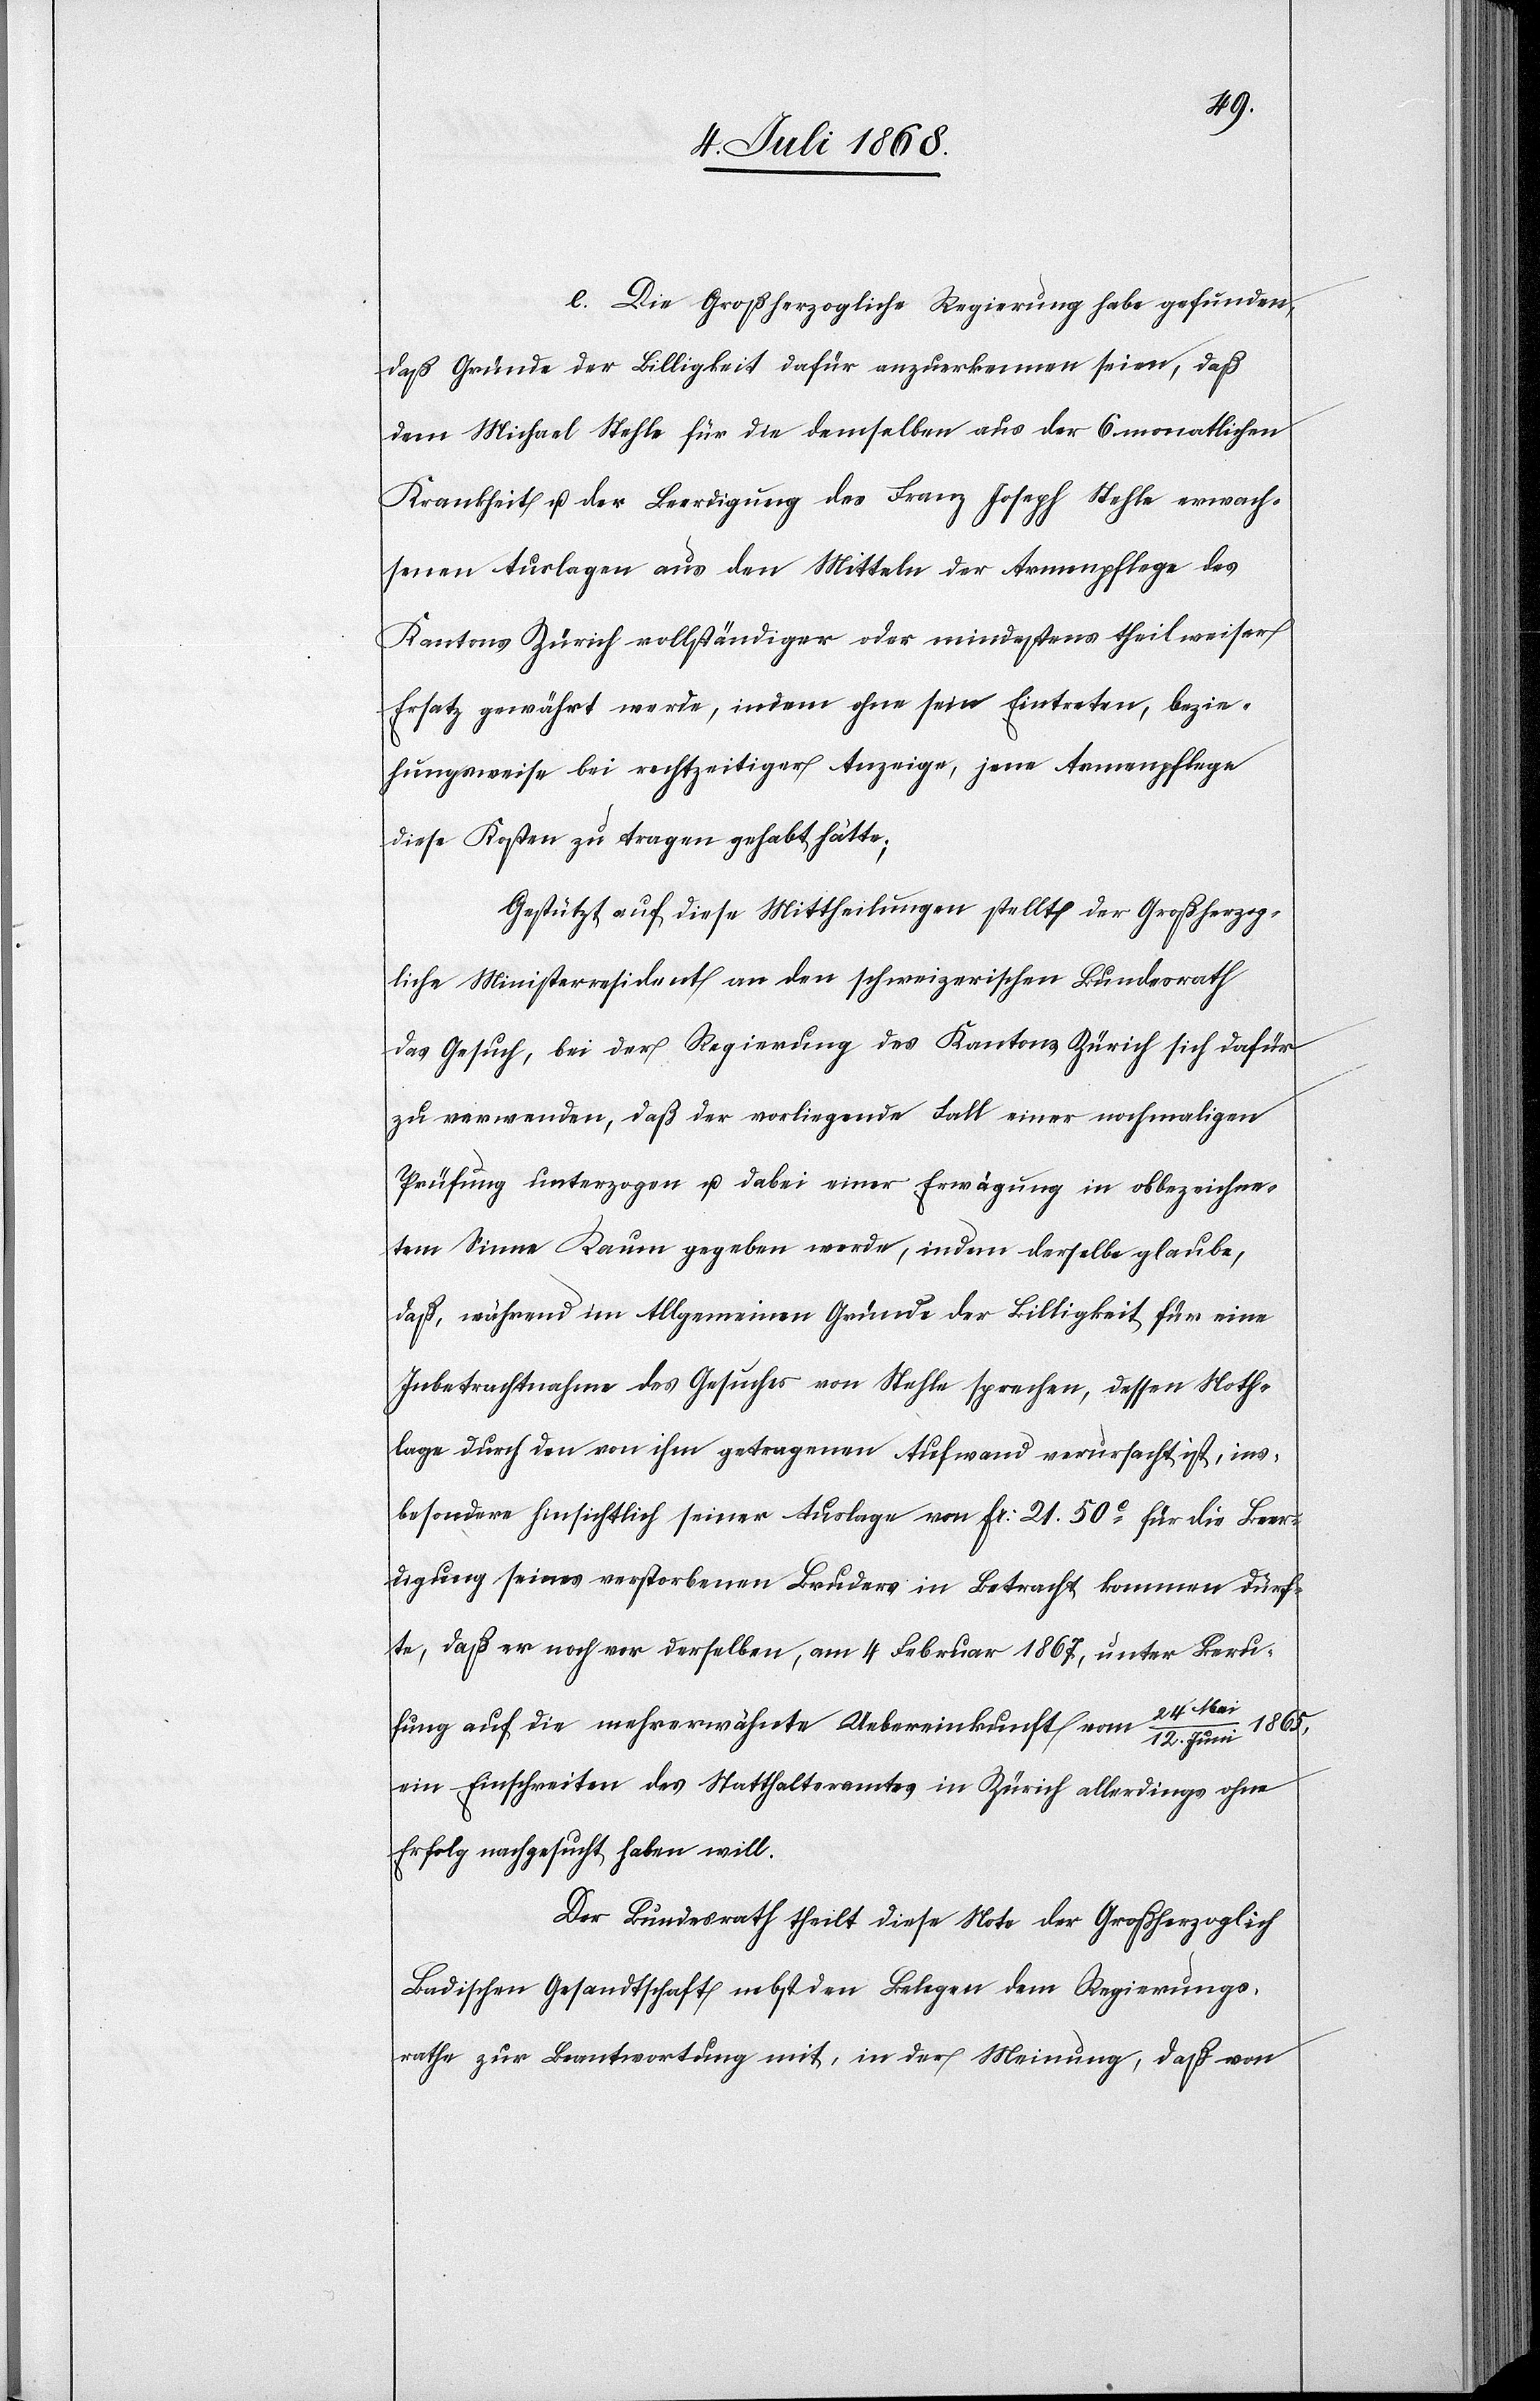
e.) Die Großherzogliche Regierung habe gefunden,
daß Gründe der Billigkeit dafür anzuerkennen seien, daß
dem Michael Stehle für die demselben aus der 6 monatlichen
Krankheit u. der Beerdigung des Franz Joseph Stehle erwach¬
senen Auslagen aus den Mitteln der Armenpflege des
Kantons Zürich vollständiger oder mindestens theilweiser
Ersatz gewährt werde, indem ohne sein Eintreten, bezie¬
hungsweise bei rechtzeitiger Anzeige, jene Armenpflege
diese Kosten zu tragen gehabt hätte;
Gestützt auf diese Mittheilungen stellt der Großherzog¬
liche Ministerresident an den schweizerischen Bundesrath
das Gesuch, bei der Regierung des Kantons Zürich sich dafür
zu verwenden, daß der vorliegende Fall einer nochmaligen
Prüfung unterzogen u. dabei einer Erwägung in obbezeichne¬
tem Sinne Raum gegeben werde, indem derselbe glaube,
daß, während im Allgemeinen Gründe der Billigkeit für eine
Inbetrachtnahme des Gesuches von Stehle sprechen, dessen Noth¬
lage durch den von ihm getragenen Aufwand verursacht ist, ins¬
besondere hinsichtlich seiner Auslage von Fr: 21. 50c für die Beer¬
digung seines verstorbenen Bruders in Betracht kommen dürf¬
te, daß er noch vor derselben, am 4 Februar 1867, unter Beru¬
fung auf die mehrerwähnte Uebereinkunft vom 24 Mai / 12.
ein Einschreiten des Statthalteramtes in Zürich allerdings ohne
Erfolg nachgesucht haben will.
Der Bunderath theilt diese Note der Großherzoglich
Badischen Gesandtschaft nebst den Belegen dem Regierungs¬
rathe zur Beantwortung mit, in der Meinung, daß von